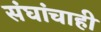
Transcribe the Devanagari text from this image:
संघांचाही